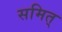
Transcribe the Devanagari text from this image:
समित्